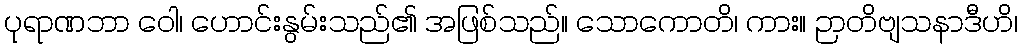
ပုရာဏဘာ ဝေါ၊ ဟောင်းနွမ်းသည်၏ အဖြစ်သည်။ သောကောတိ၊ ကား။ ဉာတိဗျသနာဒီဟိ၊